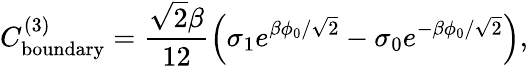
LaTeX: C_{\mathrm{boundary}}^{(3)}=\frac{\sqrt{2}\beta}{12}\left(\sigma_{1}e^{\beta\phi_{0}/\sqrt{2}}-\sigma_{0}e^{-\beta\phi_{0}/\sqrt{2}}\right),